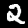
Digit: 2